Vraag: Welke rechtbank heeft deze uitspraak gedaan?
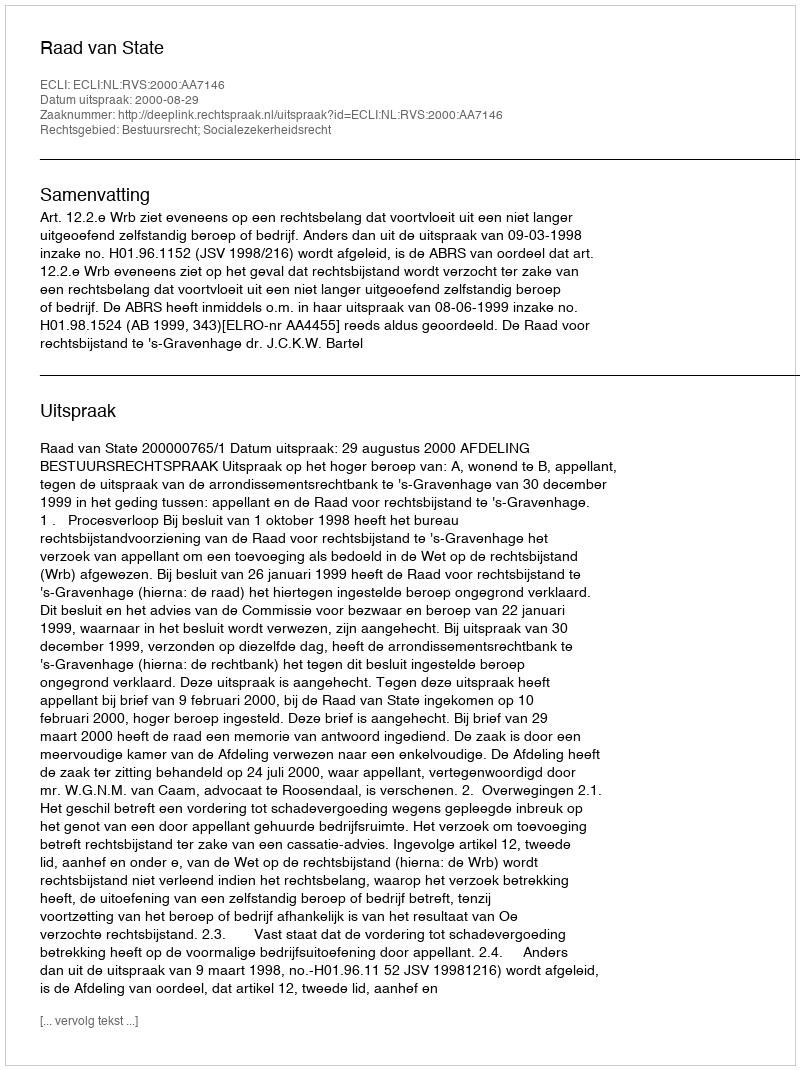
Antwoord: Raad van State